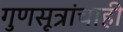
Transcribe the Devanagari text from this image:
गुणसूत्रांचाही